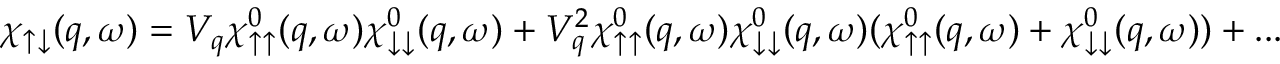
\chi _ { \uparrow \downarrow } ( q , \omega ) = V _ { q } \chi _ { \uparrow \uparrow } ^ { 0 } ( q , \omega ) \chi _ { \downarrow \downarrow } ^ { 0 } ( q , \omega ) + V _ { q } ^ { 2 } \chi _ { \uparrow \uparrow } ^ { 0 } ( q , \omega ) \chi _ { \downarrow \downarrow } ^ { 0 } ( q , \omega ) ( \chi _ { \uparrow \uparrow } ^ { 0 } ( q , \omega ) + \chi _ { \downarrow \downarrow } ^ { 0 } ( q , \omega ) ) + . . .